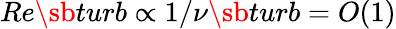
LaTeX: Re\sb{turb}\propto 1/\nu\sb{turb}=O(1)